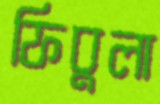
ফিবুলা